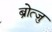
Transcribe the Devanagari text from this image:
ब्रोत्ज़ु